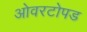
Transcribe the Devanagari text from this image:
ओवरटोपड